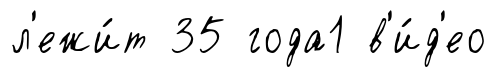
л'ежи́т 35 года1 в'и́д'ео